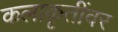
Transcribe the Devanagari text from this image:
कलाकृतींवर